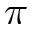
\pi